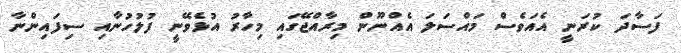
ފަސާދަ ކުރަނީ އެއަވެސް މައްސަލަ އެއްނޫން މިރާއްޖޭގައި މިހާރު އުޅެވޭނީ ފުލުހުނާއި ސިފައިންނާ